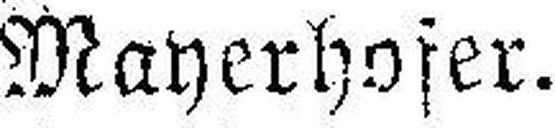
Mayerhofer.